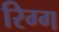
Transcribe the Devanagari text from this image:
रिग्ग